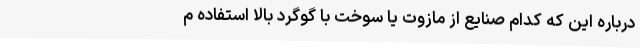
درباره این که کدام صنایع از مازوت یا سوخت با گوگرد بالا استفاده م